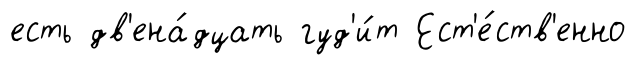
есть дв'ена́дцать гуд'и́т Ест'е́ств'енно